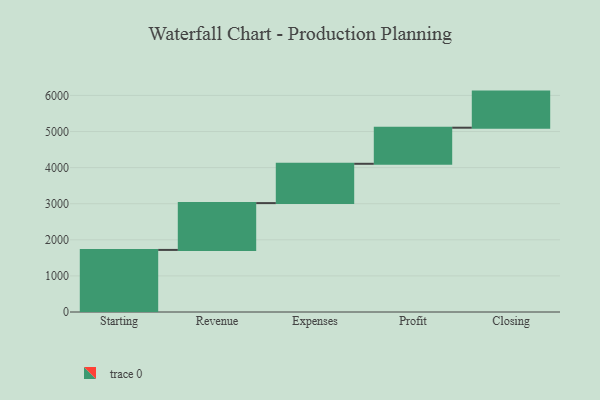
{"axis": {"x": "Step", "y": "Value"}, "legend": [""], "data": [{"x": "Starting", "y": 1720.0, "type": ""}, {"x": "Revenue", "y": 1297.0, "type": ""}, {"x": "Expenses", "y": 1089.0, "type": ""}, {"x": "Profit", "y": 1000, "type": ""}, {"x": "Closing", "y": 1000, "type": ""}]}